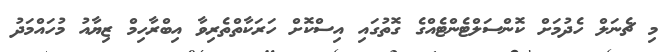
މި ޗެނަލް ހެދުމަށް ކޮންސަލްޓެންޓެއްގެ ގޮތުގައި އިސްކޮށް ހަރަކާތްތެރިވާ އިބްރާހިމް ޒިޔާއު މުހައްމަދު